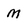
Character: m